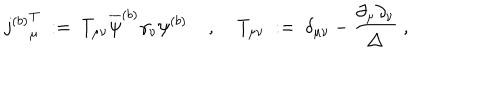
{ j ^ { ( b ) } } _ { \mu } ^ { T } \; : = \; T _ { \mu \nu } \overline { { { \psi } } } ^ { ( b ) } \gamma _ { \nu } \psi ^ { ( b ) } \; , \; T _ { \mu \nu } \; : = \; \delta _ { \mu \nu } - \frac { \partial _ { \mu } \partial _ { \nu } } { \triangle } \; ,